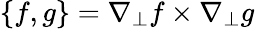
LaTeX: \left\{ f,g\right\} =\nabla_{\perp}f\times\nabla_{\perp}g